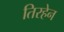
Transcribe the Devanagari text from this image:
तिरहेन